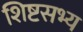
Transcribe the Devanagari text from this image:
शिष्टसभ्य